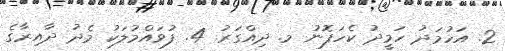
2. އަހުމަދު ހަމީދު ކެހަފޮނު މ. ދިއްގަރު. 4. ފުވައްމުލަކު މެދު ދާއިރާގެ